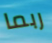
ربما